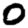
Digit: 0